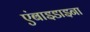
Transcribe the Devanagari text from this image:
एंबाइडाइना